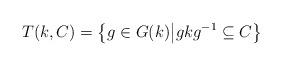
LaTeX: \begin{align*}T (k, C) = \left\{g \in G(k)\middle|gkg^{-1} \subseteq C\right\}\end{align*}